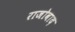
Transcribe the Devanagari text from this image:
राजोवाद